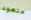
متعود